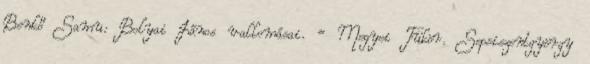
Benkő Samu: Bolyai János vallomásai. = Megyei Tükör. Sepsiszentgyörgy